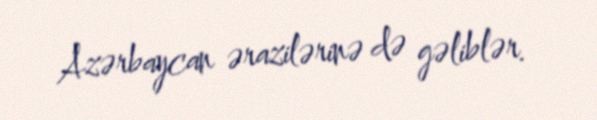
Azərbaycan ərazilərinə də gəliblər.